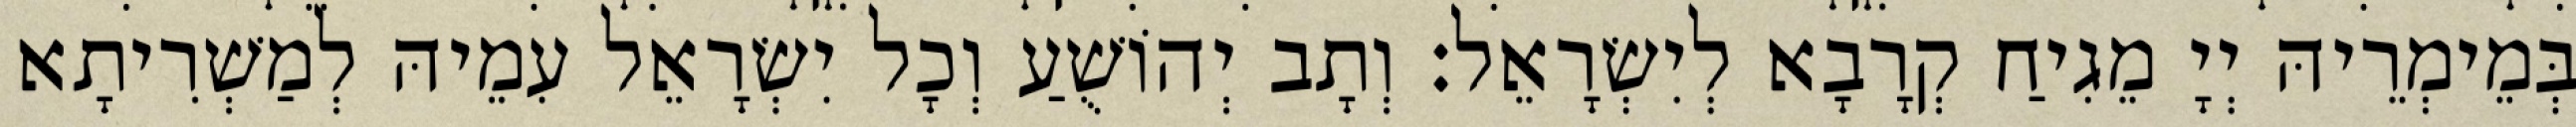
בְּמֵימְרֵיהּ יְיָ מֵגִיחַ קְרָבָא לְיִשְׂרָאֵל׃ וְתָב יְהוֹשֻׁעַ וְכָל יִשְׂרָאֵל עִמֵיהּ לְמַשְׁרִיתָא